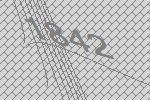
1842